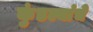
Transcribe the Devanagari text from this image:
कुंडल्यांचे